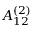
{ A } _ { 1 2 } ^ { ( 2 ) }